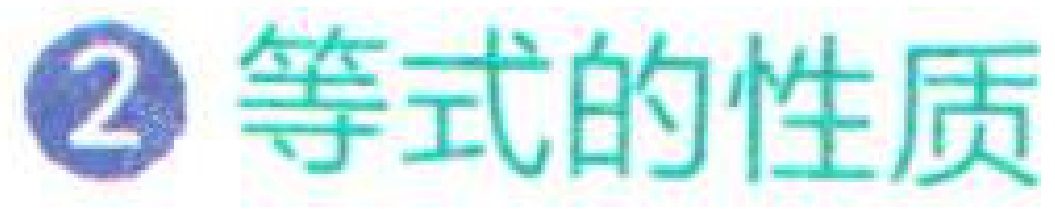
\textcircled{2} 等式的性质